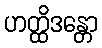
ဟတ္ထိဒန္တော